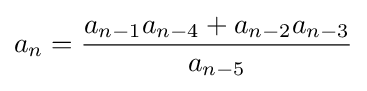
a_{n}={\frac {a_{n-1}a_{n-4}+a_{n-2}a_{n-3}}{a_{n-5}}}